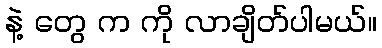
နဲ့ တွေ က ကို လာချိတ်ပါမယ်။